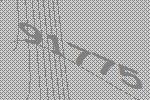
91775